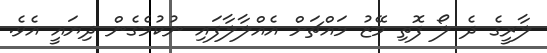
ލާރީގެ ދެ ލޯ ފޮތި މޭޒު މައްޗަށް އެއްލާލާފައި ނުކުމެގެން ދިޔައީ އެވެ.